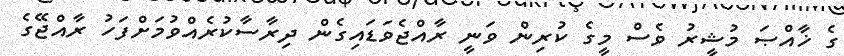
ގެ ޚާއްޞަ މުޝީރު ވެސް މީގެ ކުރިން ވަނީ ރާއްޖެވަޑައިގެން ދިރާސާކުރެއްވުމަށްފަހު ރާއްޖޭގެ